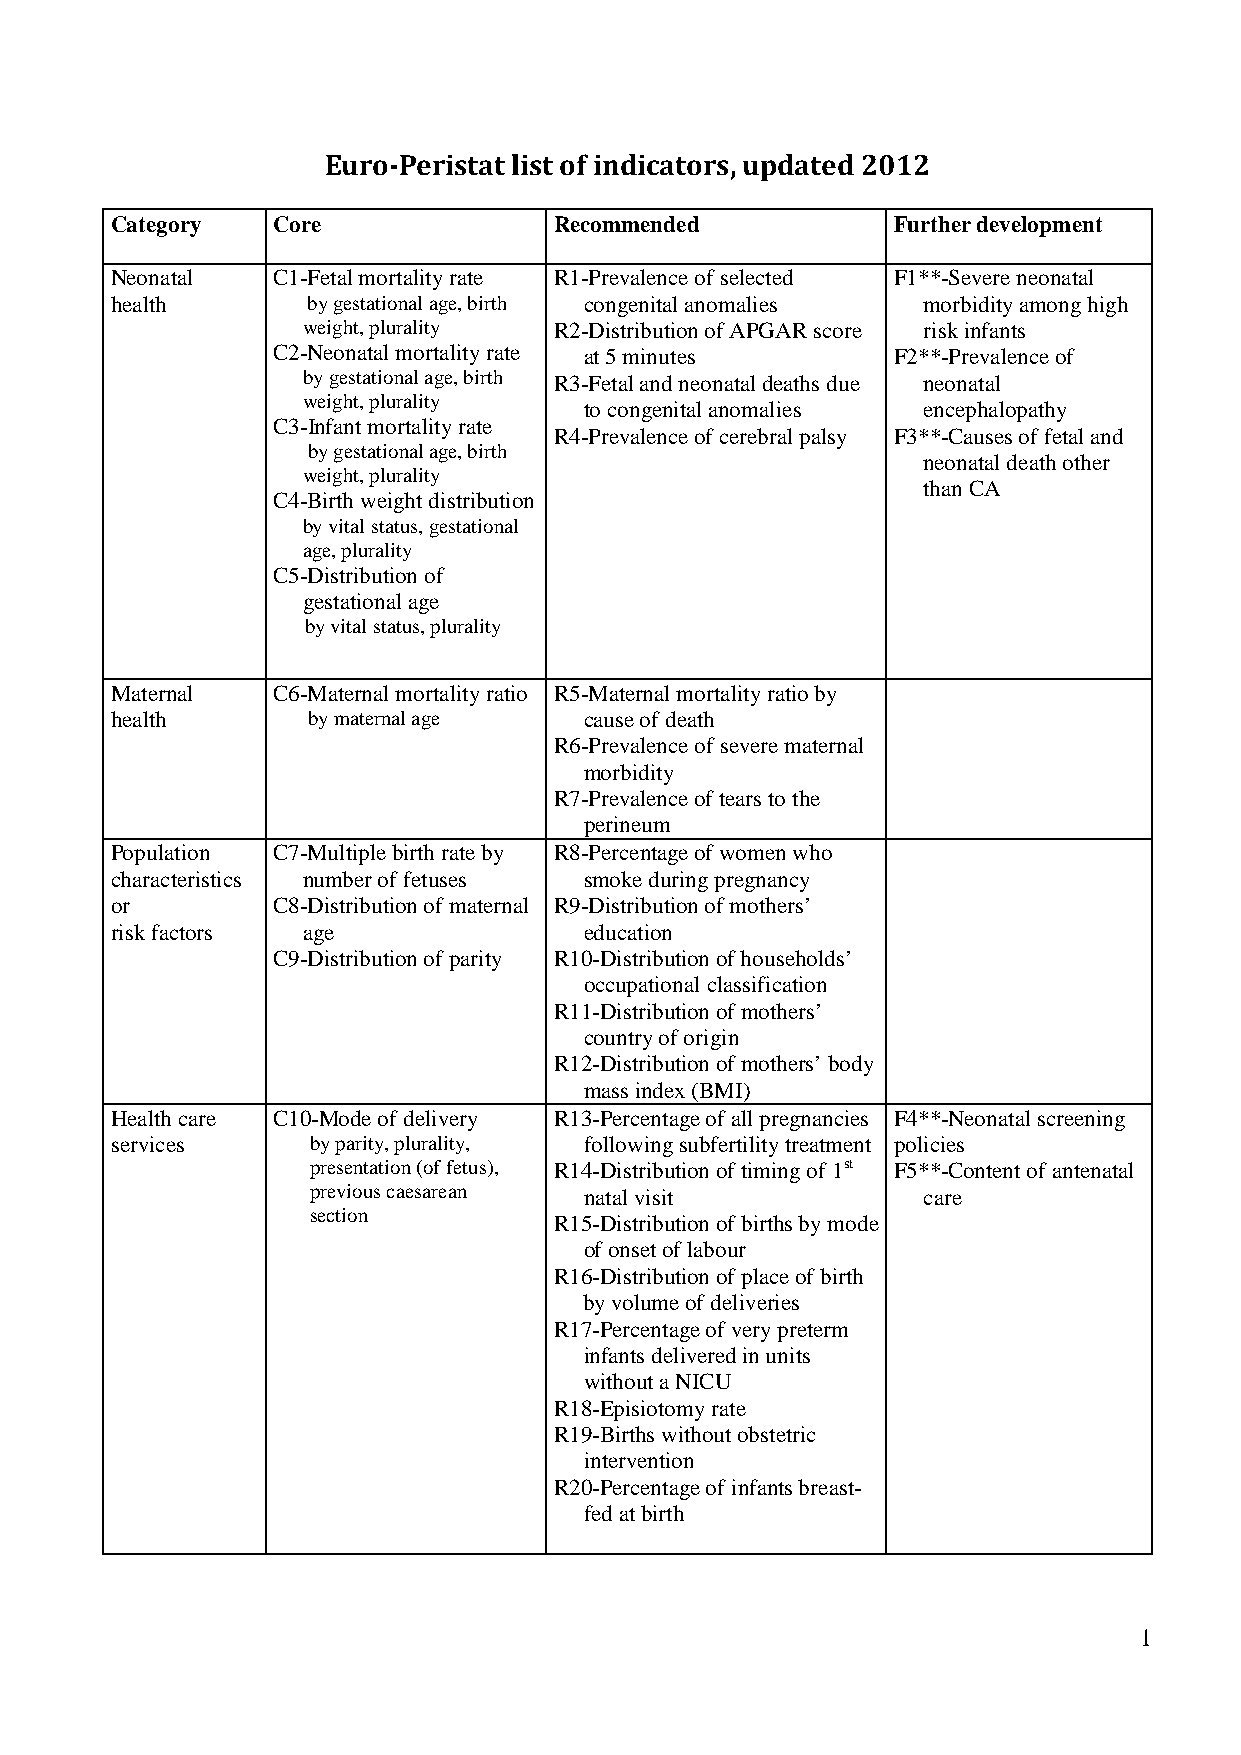
Euro-Peristat list of indicators, updated 2012
 Category   Core               Recommended           Further development
 Neonatal   C1-Fetal mortality rate R1-Prevalence of selected F1**-Severe neonatal
 health       by gestational age, birth congenital anomalies morbidity among high
 weight, plurality R2-Distribution of APGAR score risk infants
 C2-Neonatal mortality rate at 5 minutes  F2**-Prevalence of
 by gestational age, birth R3-Fetal and neonataldeaths due neonatal
 weight, plurality
 to congenital anomalies encephalopathy
 C3-Infant mortality rate
 R4-Prevalence of cerebral palsy F3**-Causes of fetal and
 by gestational age, birth
 neonatal deathother
 weight, plurality
 than CA
 C4-Birth weight distribution
 by vital status, gestational
 age, plurality
 C5-Distribution of
 gestational age
 by vital status, plurality
 Maternal   C6-Maternal mortality ratio R5-Maternal mortality ratio by
 health       bymaternalage      cause of death
 R6-Prevalence of severe maternal
 morbidity
 R7-Prevalence of tears to the
 perineum
 Population C7-Multiple birth rate by R8-Percentage of women who
 characteristics number of fetuses smoke during pregnancy
 or         C8-Distribution of maternal R9-Distribution of mothers’
 risk factors age                education
 C9-Distribution of parity R10-Distribution of households’
 occupational classification
 R11-Distribution of mothers’
 country of origin
 R12-Distribution of mothers’ body
 mass index (BMI)
 Health care C10-Mode of delivery R13-Percentage of all pregnancies F4**-Neonatal screening
 services      by parity, plurality, followingsubfertility treatment policies
 presentation (of fetus), R14-Distribution of timing of 1st F5**-Content of antenatal
 previouscaesarean natal visit           care
 section
 R15-Distribution of births by mode
 of onset of labour
 R16-Distribution of place of birth
 by volume of deliveries
 R17-Percentage of very preterm
 infants delivered in units
 without a NICU
 R18-Episiotomy rate
 R19-Births without obstetric
 intervention
 R20-Percentage of infants breast-
 fed at birth
 1